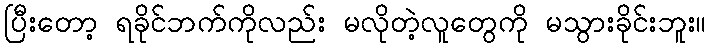
ပြီးတော့ ရခိုင်ဘက်ကိုလည်း မလိုတဲ့လူတွေကို မသွားခိုင်းဘူး။